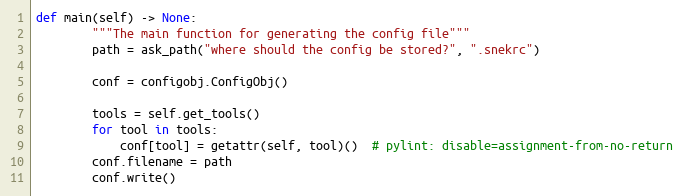
Language: Python
def main(self) -> None:
        """The main function for generating the config file"""
        path = ask_path("where should the config be stored?", ".snekrc")

        conf = configobj.ConfigObj()

        tools = self.get_tools()
        for tool in tools:
            conf[tool] = getattr(self, tool)()  # pylint: disable=assignment-from-no-return
        conf.filename = path
        conf.write()